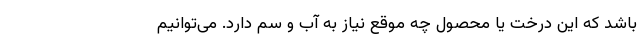
باشد که این درخت یا محصول چه موقع نیاز به آب و سم دارد. می‌توانیم